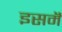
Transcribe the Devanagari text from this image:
इसमॆं